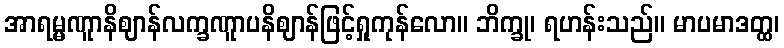
အာရမ္မဏူာနိဈာန်လက္ခဏူာပနိဈာန်ဖြင့်ရှုကုန်လော။ ဘိက္ခု၊ ရဟန်းသည်။ မာပမာဒတ္ထ၊